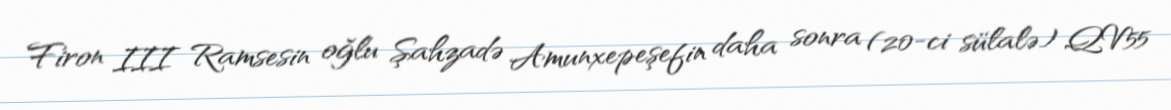
Firon III Ramsesin oğlu Şahzadə Amunxepeşefin daha sonra (20-ci sülalə) QV55